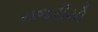
નજરીયો